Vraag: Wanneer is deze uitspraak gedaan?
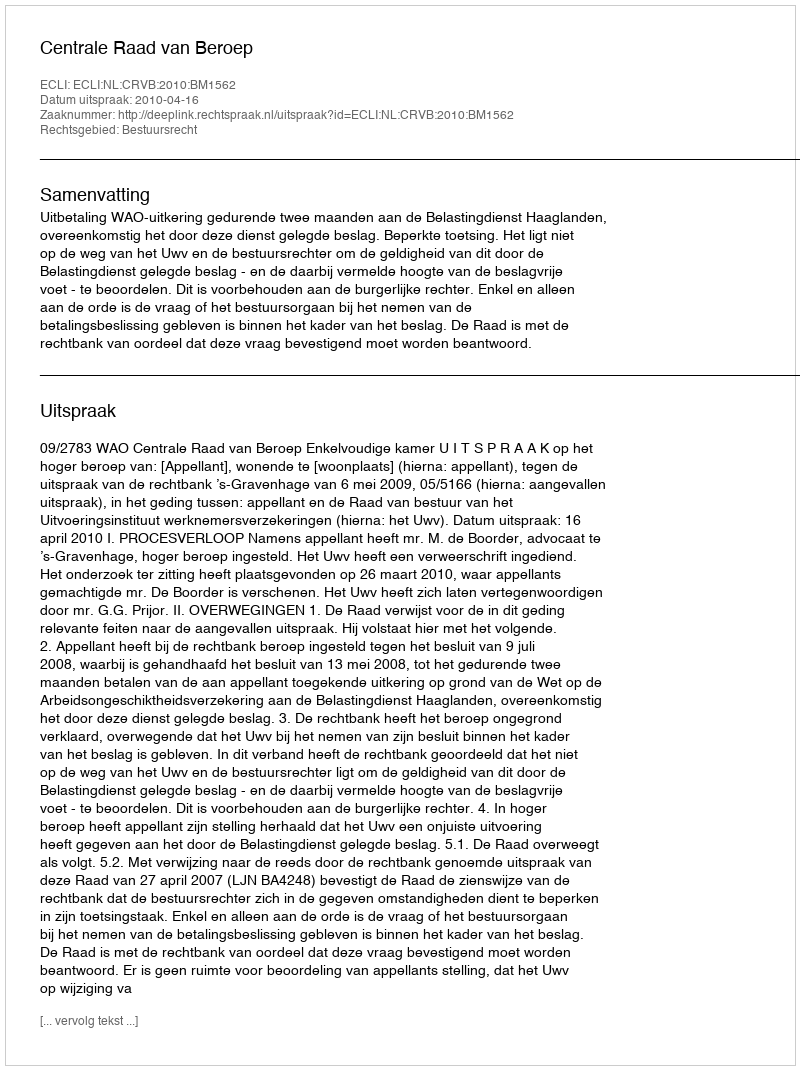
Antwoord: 2010-04-16